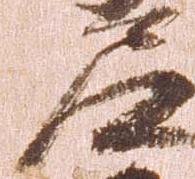
尼